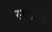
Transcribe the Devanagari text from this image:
स्वतःल